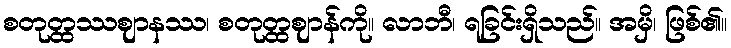
စတုတ္ထဿဈာနဿ၊ စတုတ္ထဈာန်ကို။ လာဘီ၊ ရခြင်းရှိသည်။ အမှိ၊ ဖြစ်၏။